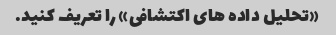
«تحلیل داده های اکتشافی» را تعریف کنید.